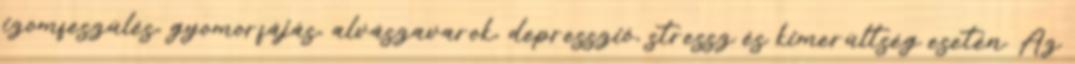
izomfeszülés, gyomorfájás, alvászavarok, depresszió, stressz és kimerültség esetén. Az